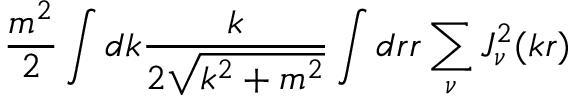
\frac { m ^ { 2 } } 2 \int d k \frac { k } { 2 \sqrt { k ^ { 2 } + m ^ { 2 } } } \int d r r \sum _ { \nu } J _ { \nu } ^ { 2 } ( k r )